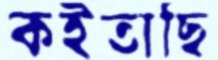
কইতাছি